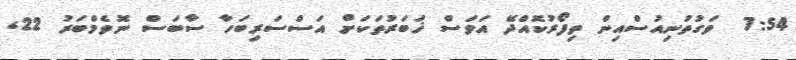
7:54  ވަގުތުނިއުސްއިން ތިފޯރުކޮއްދޭ އަވަސް ޚަބަރުތަކަށް އަސްސަރިބަހާ ސާބަސް ނޮވެމްބަރު 22